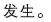
发生。